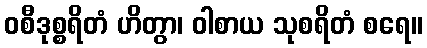
ဝစီဒုစ္စရိတံ ဟိတွာ၊ ဝါစာယ သုစရိတံ စရေ။